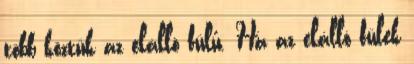
több köztük az elálló fülű. Ha az elálló fülek